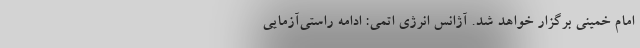
امام خمینی برگزار خواهد شد. آژانس انرژی اتمی: ادامه راستی‌‌آزمایی